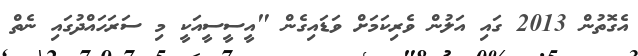
އެގޮތުން 2013 ގައި އަލުން ވެރިކަމަށް ވަޑައިގެން "އީސީސީއަކީ މި ސަރަހައްދުގައި ނެތް